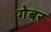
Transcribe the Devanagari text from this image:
गेबर